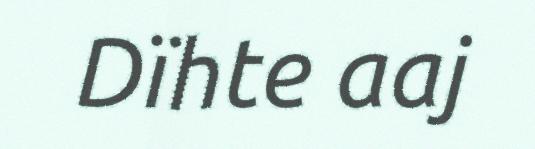
Dïhte aaj